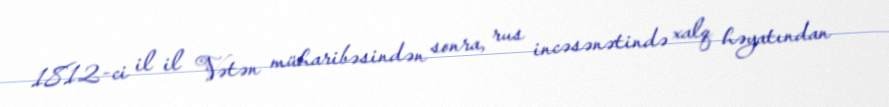
1812-ci il il Vətən müharibəsindən sonra, rus incəsənətində xalq həyatından